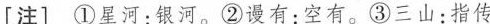
[注] ①星河：银河。②谩有：空有。③三山：指传